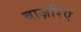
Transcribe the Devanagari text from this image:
बाज़रिए